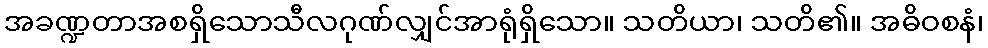
အခဏ္ဍတာအစရှိသောသီလဂုဏ်လျှင်အာရုံရှိသော။ သတိယာ၊ သတိ၏။ အဓိဝစနံ၊